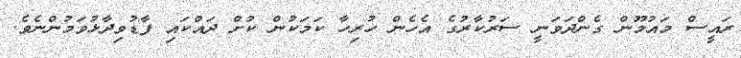
ރައީސް މައުމޫން ގެންދަވަނީ ސަރުކާރުގެ އެހެން ހުރިހާ ކަމަކުން ކުށް ދައްކައި ފާޑުވިދާޅުވަމުންނެވެ.